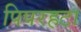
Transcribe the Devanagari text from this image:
पिपरहटा